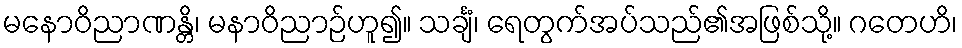
မနောဝိညာဏန္တိ၊ မနာဝိညာဉ်ဟူ၍။ သင်္ချံ၊ ရေတွက်အပ်သည်၏အဖြစ်သို့။ ဂတေဟိ၊